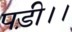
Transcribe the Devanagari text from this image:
पड़ी।।